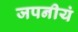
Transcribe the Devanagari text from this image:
जपनीयं